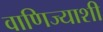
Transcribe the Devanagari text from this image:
वाणिज्याशी